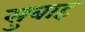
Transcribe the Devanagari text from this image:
सुबाह